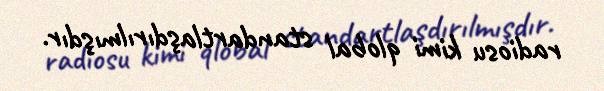
radiosu kimi qlobal standartlaşdırılmışdır.